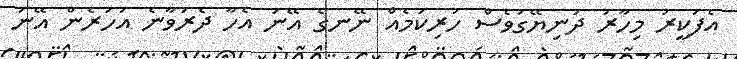
އެފަކީރު މިހާރު ދުނިޔޭގަވެސް ހުރިކަމެއް ނޭނގެ އޭނަ އެހާ ދެރަވާނެ އަހަރެން އޭނަ